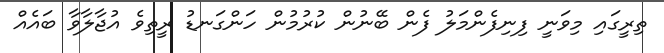
ތިރީގައި މިވަނީ ފިނިފެންމަލު ފެން ބޭނުން ކުރުމުން ހަންގަނޑު ރީތިވެ އުޖާލާވާ ބައެއް